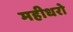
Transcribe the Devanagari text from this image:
महीधरो